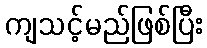
ကျသင့်မည်ဖြစ်ပြီး